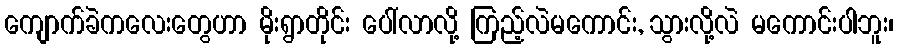
ကျောက်ခဲကလေးတွေဟာ မိုးရွာတိုင်း ပေါ်လာလို့ ကြည့်လဲမကောင်း, သွားလို့လဲ မကောင်းပါဘူး၊